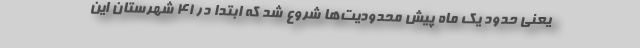
یعنی حدود یک ماه پیش محدودیت‌ها شروع شد که ابتدا در ۴۱ شهرستان این